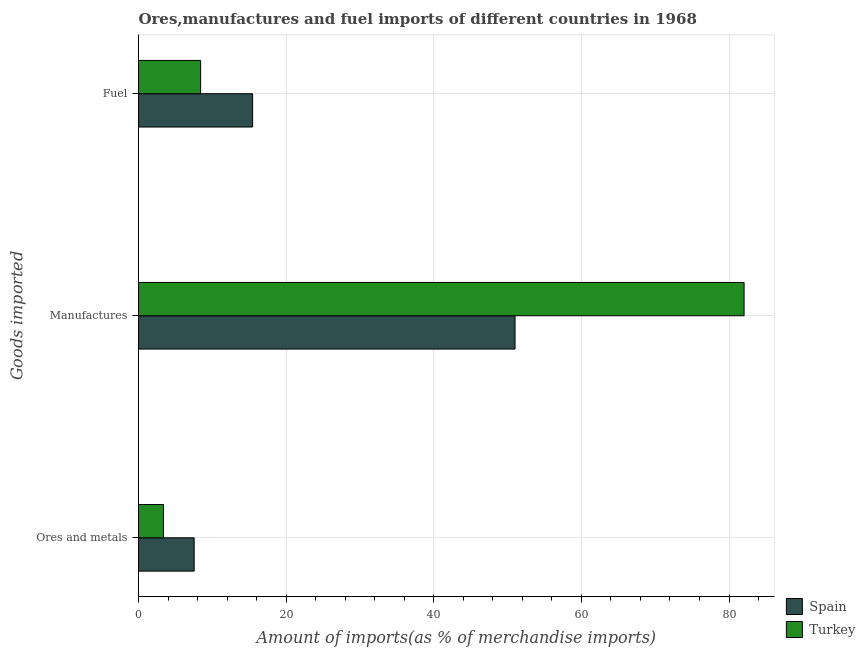
| Goods imported | Spain | Turkey |
 | --- | --- | --- |
 | Ores and metals | 7.54 | 3.38 |
 | Manufactures | 51 | 82 |
 | Fuel | 15.5 | 8.42 |